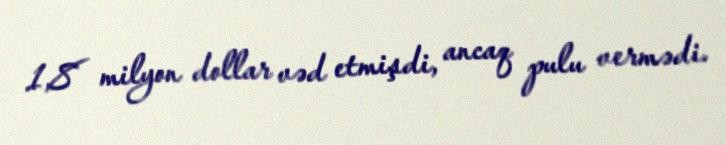
1,8 milyon dollar vəd etmişdi, ancaq pulu vermədi.